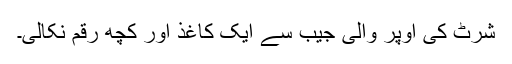
شرٹ کی اوپر والی جیب سے ایک کاغذ اور کچھ رقم نکالی۔